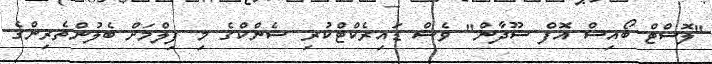
"ލޮސްޓް ބޯއިސް އޮފް ސޫދާން" ވެސް ޑައިރެކްޓްކުރި ޝެންކްގެ މި ފިލްމަށް ބެލުންތެރިންގެ